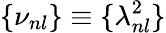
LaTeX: {\{ \nu_{nl}\} \equiv\{ \lambda_{nl}^{2}\} }